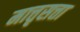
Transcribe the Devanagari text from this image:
मात्तृसत्ता